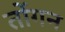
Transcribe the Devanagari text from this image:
तोंगन